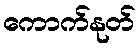
ကောက်နုတ်